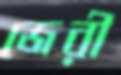
জেরী